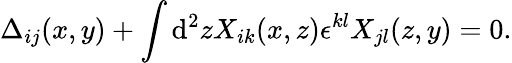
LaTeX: \Delta_{ij}(x,y)+\int\mathrm{d}^{2}zX_{ik}(x,z)\epsilon^{kl}X_{jl}(z,y)=0.